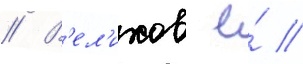
// В'ел'ихов е́ //